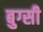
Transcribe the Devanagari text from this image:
बुग्‍सी